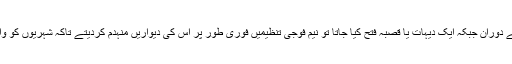
نکبہ (1948 ء کی آفت) کے دوران جبکہ ایک دیہات یا قصبہ فتح کیا جاتا تو نیم فوجی تنظیمیں فوری طور پر اس کی دیواریں منہدم کردیتے تاکہ شہریوں کو واپس آنے سے روکا جاسکے۔